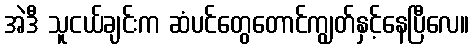
အဲဒီ သူငယ်ချင်းက ဆံပင်တွေတောင်ကျွတ်နှင့်နေပြီလေ။